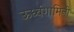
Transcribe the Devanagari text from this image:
ऊर्ध्वगामिनी